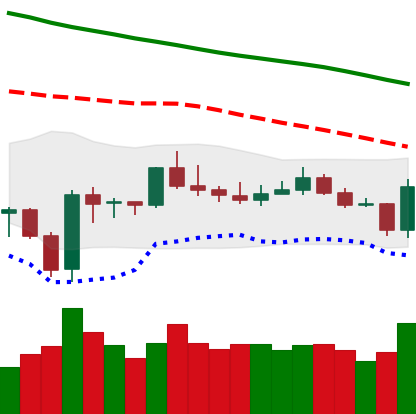
Ticker: BTC-USD
Chart end date: 2020-01-03
Forward return: 10.007%
Label: up_7plus